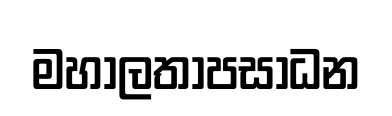
මහාලතාපසාධන